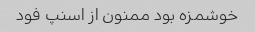
خوشمزه بود ممنون از اسنپ فود